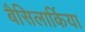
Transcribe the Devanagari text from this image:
बैसिलार्किया